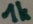
Text: 1k